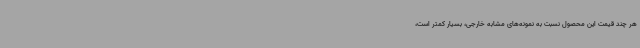
هر چند قیمت این محصول نسبت به نمونه‌های مشابه خارجی، بسیار کمتر است،